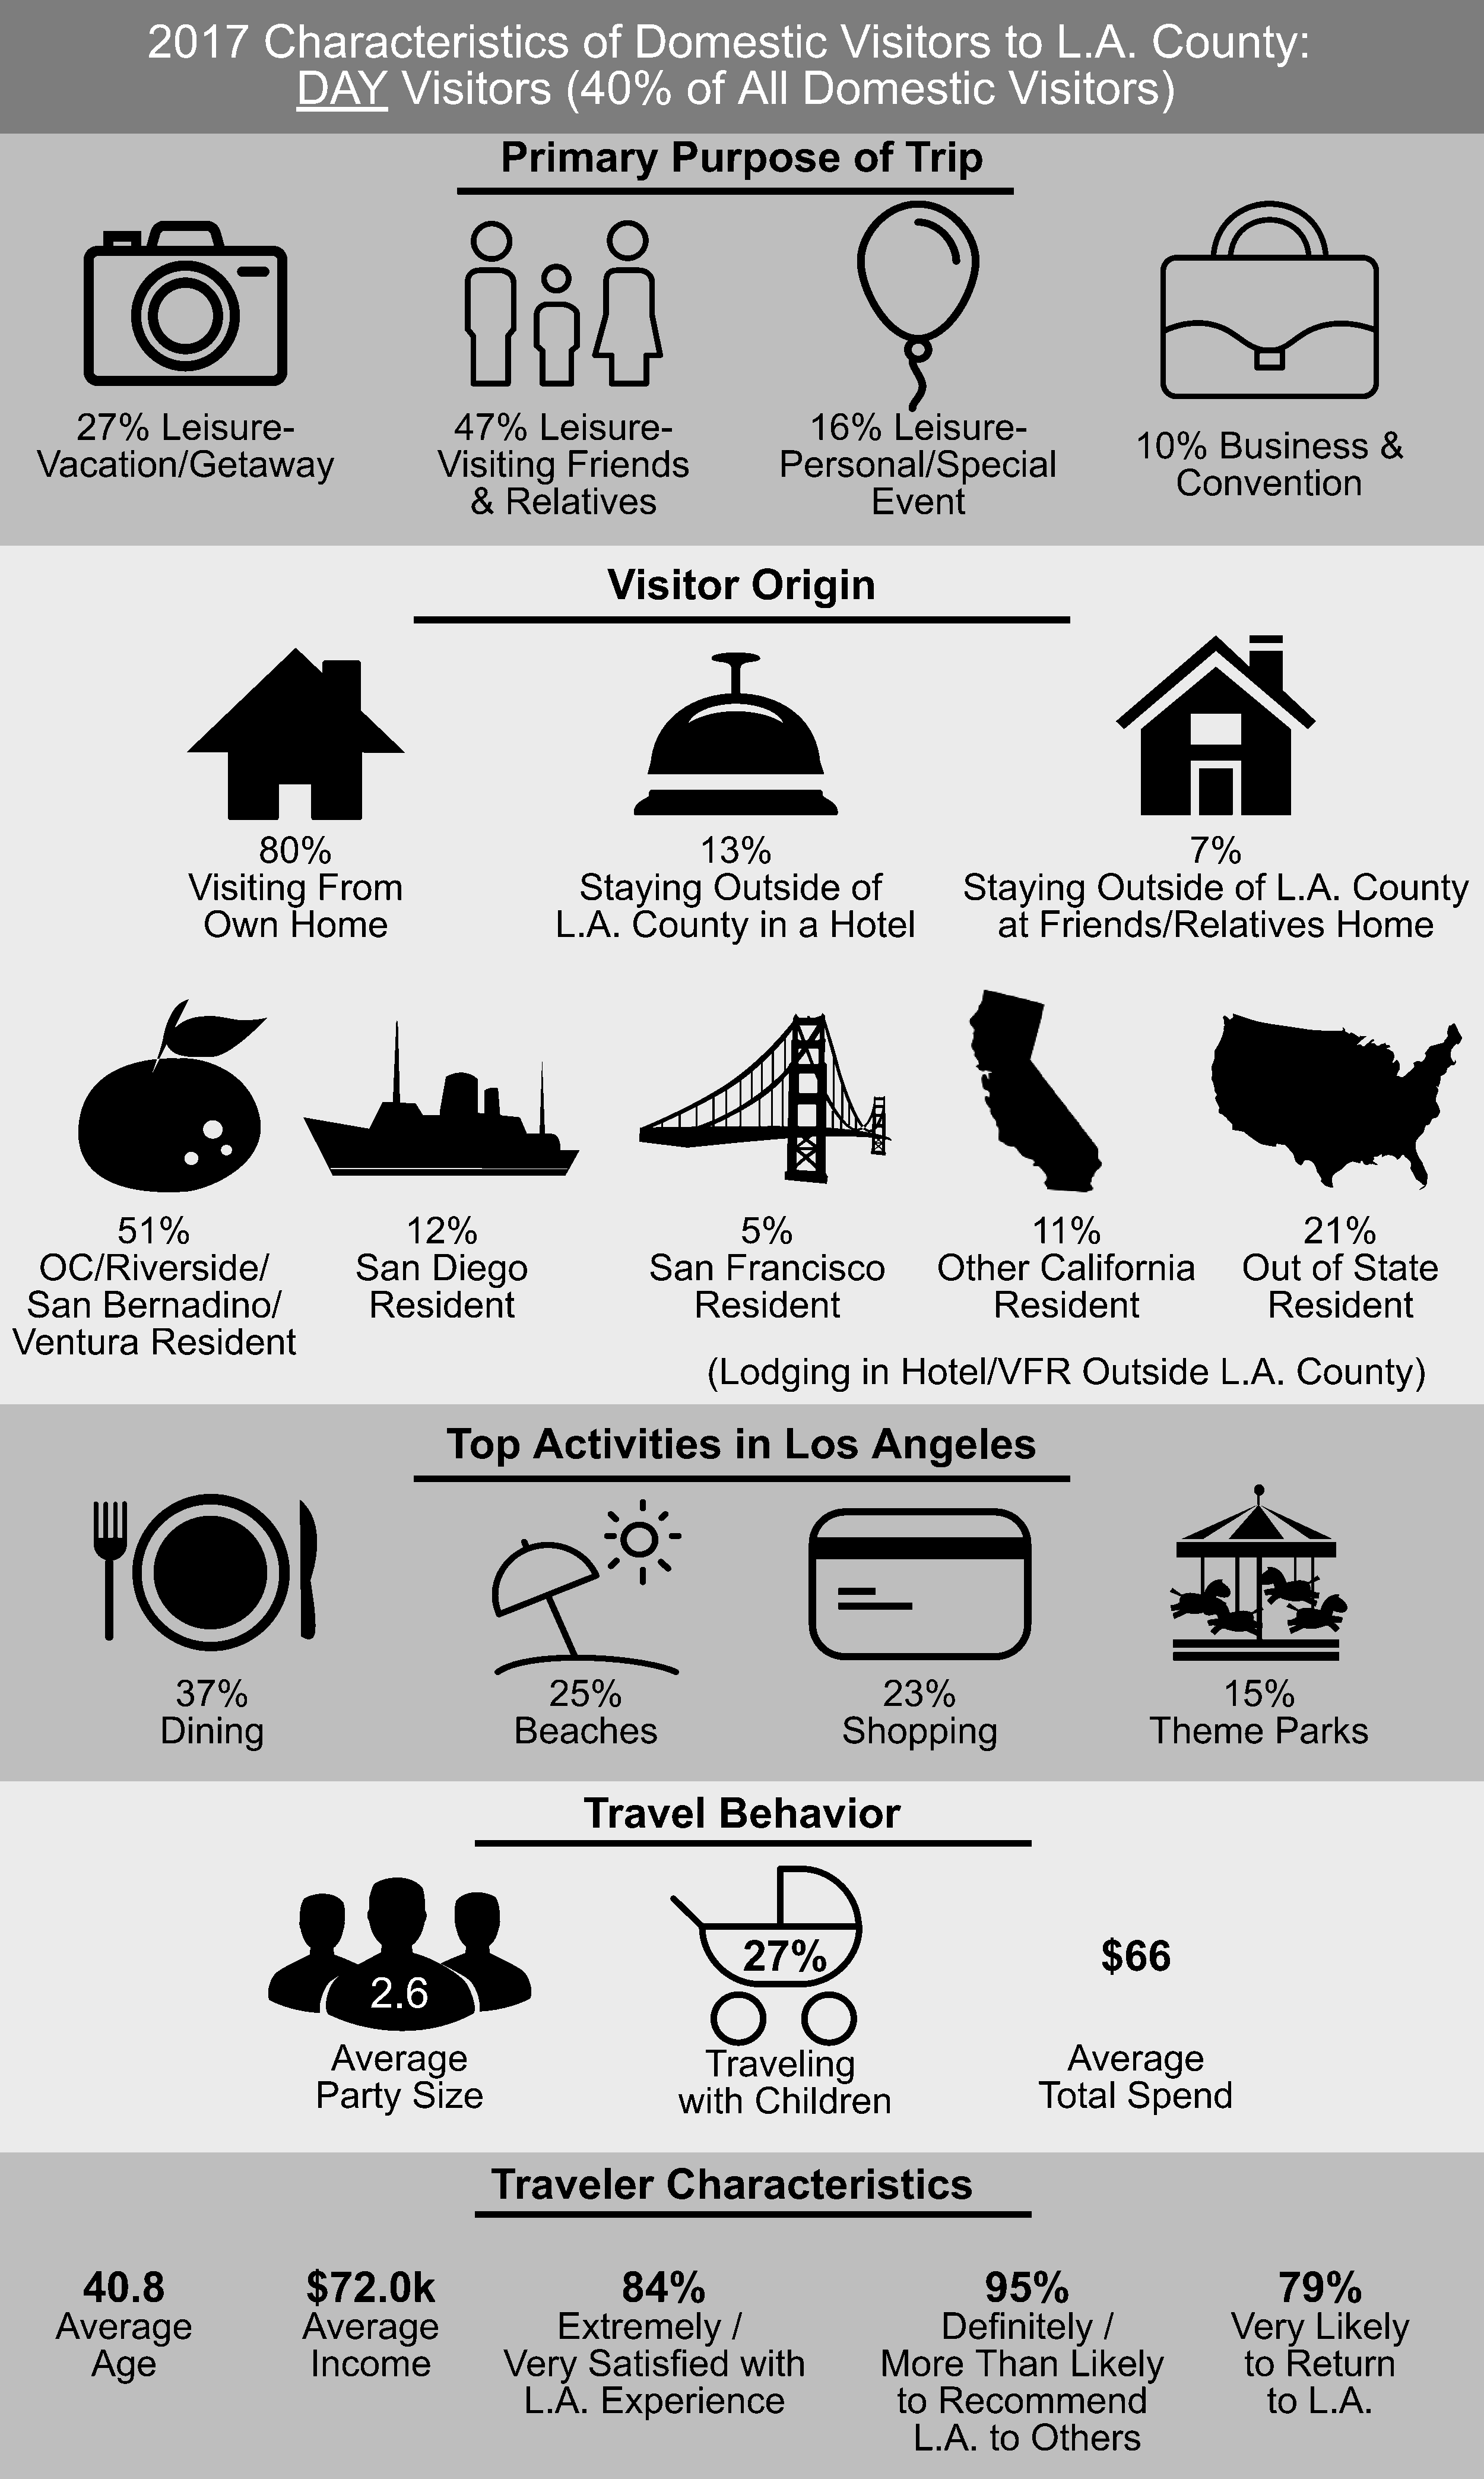
2017         Characteristics                     of    Domestic               Visitors          to    L.A.      County:
 DAY         Visitors          (40%          of   All    Domestic               Visitors)
 Primary            Purpose             of    Trip
 27%      Leisure-                         47%      Leisure-                      16%       Leisure-
 10%      Business          &
 Vacation/Getaway                             Visiting      Friends                 Personal/Special
 Convention
 &   Relatives                                Event
 Visitor         Origin
 80%                                              13%                                                    7%
 Visiting      From                          Staying        Outside        of          Staying        Outside         of  L.A.     County
 Own      Home                          L.A.    County         in  a   Hotel             at   Friends/Relatives                Home
 51%                             12%                                   5%                              11%                           21%
 OC/Riverside/                       San     Diego                   San      Francisco              Other       California            Out     of   State
 San     Bernadino/                    Resident                            Resident                          Resident                      Resident
 Ventura         Resident
 (Lodging         in  Hotel/VFR            Outside        L.A.     County)
 Top      Activities             in   Los       Angeles
 37%                                      25%                                  23%                                   15%
 Dining                                 Beaches                              Shopping                          Theme         Parks
 Travel         Behavior
 27%                                     $66
 2.6
 Average                                                                           Average
 Traveling
 Party      Size                                                                  Total     Spend
 with    Children
 Traveler           Characteristics
 40.8                     $72.0k                             84%                                      95%                              79%
 Averag       e              Average                     Extremely           /                      Definitely        /             Very      Like   ly
 Age                      Income               Very      Satisfied        with           More       Than      Likely              to  Return
 L.A.     Experience                       to   Recommend                           to   L.A.
 L.A.    to   Others